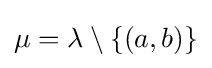
\mu =\lambda \setminus \{(a,b)\}